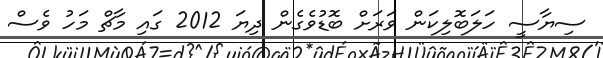
ސިޔާސީ ހަލަބޮލިކަން ވަރަށް ބޮޑުވެގެން ދިޔަ 2012 ގައި މާޗް މަހު ވެސް